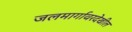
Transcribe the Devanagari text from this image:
जलमार्गावरदेखील